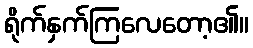
ရိုက်နှက်ကြလေတော့၏။